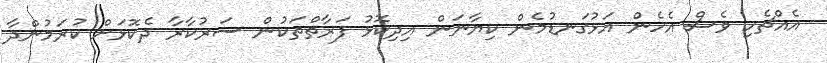
އެއްޗެހި ވެސް އެހެން އަޅުގަނޑުމެން ކިޔާނަން އިދިކޮޅު ފަރާތްތަަކުން ސަރުކާރާ ދެކޮޅަށް ކުރަމުންދާ